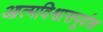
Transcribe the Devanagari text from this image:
आत्मविश्वासपूर्वक